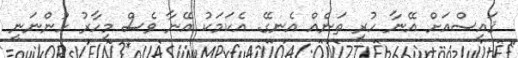
ޤައިސްއަށް އޭނާ ހުރި ތަނެއް އެނގޭ. އެކަމަކު އޭނާ ވެސް މިހާރު ހުންނަނީ